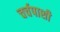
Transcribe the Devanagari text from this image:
चर्चपाशी